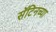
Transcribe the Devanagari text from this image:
सॅटिनच्या